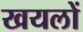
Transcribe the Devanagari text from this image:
खयलों